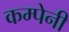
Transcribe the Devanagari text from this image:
कम्पेनी